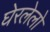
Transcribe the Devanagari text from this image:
घेरलेलो